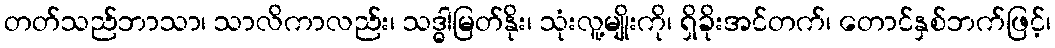
တတ်သည်ဘာသာ၊ သာလိကာလည်း၊ သဒ္ဓါမြတ်နိုး၊ သုံးလူ့မျိုးကို၊ ရှိခိုးအင်တက်၊ တောင်နှစ်ဘက်ဖြင့်၊